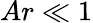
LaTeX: Ar\ll 1